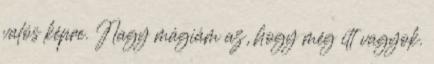
valós képre. Nagy mágiám az, hogy még itt vagyok.